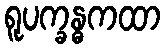
ရူပက္ခန္ဓကထာ